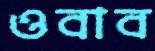
ওবাব